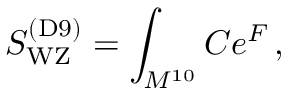
S _ { \mathrm { W Z } } ^ { \mathrm { ( D 9 ) } } = \int _ { M ^ { 1 0 } } C e ^ { { \cal F } } \, ,